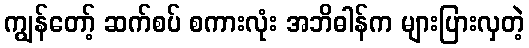
ကျွန်တော့် ဆက်စပ် စကားလုံး အဘိဓါန်က များပြားလှတဲ့